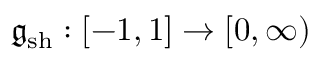
\mathfrak { g } _ { \mathrm { s h } } : [ - 1 , 1 ] \to [ 0 , \infty )